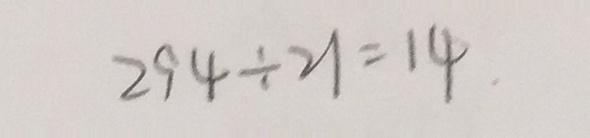
2 9 4 \div 2 1 = 1 4 .